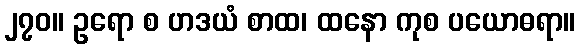
၂၇၀။ ဥရော စ ဟဒယံ စာထ၊ ထနော ကုစ ပယောဓရာ။